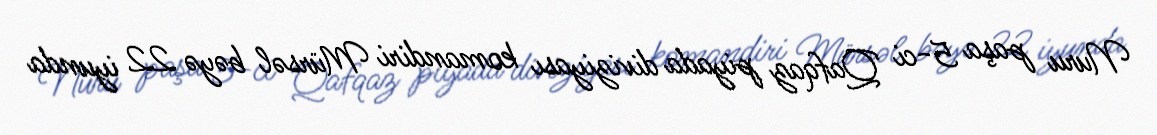
Nuru paşa 5-ci Qafqaz piyada diviziyası komandiri Mürsəl bəyə 22 iyunda